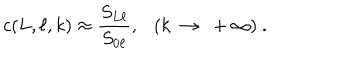
LaTeX: c ( L , \ell , k ) \approx \frac { S _ { L \ell } } { S _ { 0 \ell } } , ( k ~ \rightarrow ~ + \infty ) ~ .